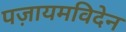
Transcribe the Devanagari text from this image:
पज़ायमविदेन